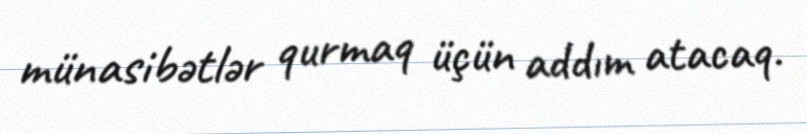
münasibətlər qurmaq üçün addım atacaq.